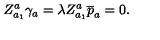
Z _ { a _ { 1 } } ^ { a } \gamma _ { a } = \lambda Z _ { a _ { 1 } } ^ { a } \overline { { p } } _ { a } = 0 .